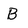
Character: B